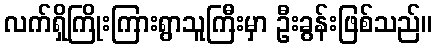
လက်ရှိကြိုးကြားရွာသူကြီးမှာ ဦးခွန်းဖြစ်သည်။